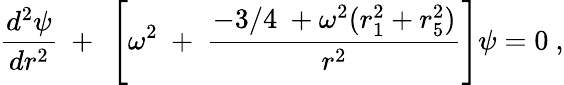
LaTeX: {\frac{d^{2}\psi}{dr^{2}}}~+~\left[\omega^{2}~+~{\frac{-3/4~+\omega^{2}(r_{1}^{2}+r_{5}^{2})}{r^{2}}}\right]\psi=0~,